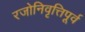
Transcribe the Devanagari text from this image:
रजोनिवृत्तिपूर्व